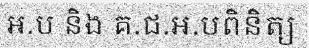
អ.ប និង គ.ជ.អ.បពិនិត្យ